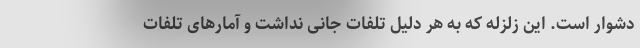
دشوار است. این زلزله که به هر دلیل تلفات جانی نداشت و آمارهای تلفات